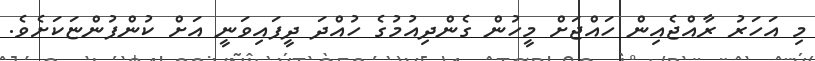
މި އަހަރު ރާއްޖެއިން ހައްޖަށް މީހުން ގެންދިއުމުގެ ހުއްދަ ދީފައިވަނީ އަށް ކުންފުންޏަކަށެވެ.